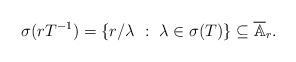
\begin{align*}\sigma(rT^{-1})=\{ r\slash \lambda \ :\ \lambda \in \sigma(T) \} \subseteq \overline{\mathbb A}_r.\end{align*}